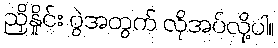
ညှိနှိုင်း ပွဲအတွက် လိုအပ်လို့ပါ။